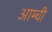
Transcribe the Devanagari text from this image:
आम्ची